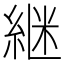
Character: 継